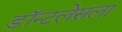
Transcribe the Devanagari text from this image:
डॉन्टलेसला